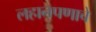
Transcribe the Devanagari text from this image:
लहानपणाचे